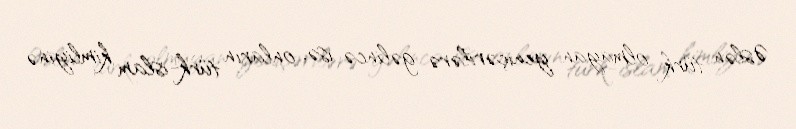
Əslən türk olmayan yeniçərilərə gəlincə isə, onların türk-islam kimliyinə